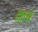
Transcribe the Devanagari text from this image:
डाल्स